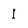
Character: I